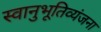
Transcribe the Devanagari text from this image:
स्वानुभूतिव्यंजना